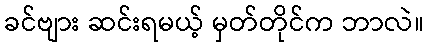
ခင်ဗျား ဆင်းရမယ့် မှတ်တိုင်က ဘာလဲ။